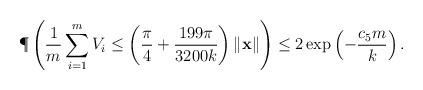
LaTeX: \begin{align*}\P\left( \frac{1}{m}\sum_{i=1}^m V_i \leq \left(\frac{\pi}{4}+\frac{199\pi}{3200k}\right)\|\mathbf{x}\| \right)\leq 2\exp\left(-\frac{c_5 m}{k}\right). \end{align*}